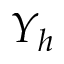
Y _ { h }